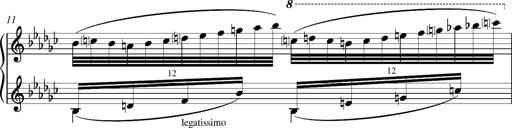
Title: Glasgow fragment, S.701f
Composer: Franz Liszt
Key: E-flat minor